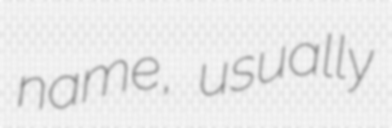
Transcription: name, usually